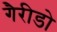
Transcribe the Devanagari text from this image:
गैरीडो